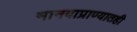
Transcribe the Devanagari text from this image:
मानवाप्राण्यातही